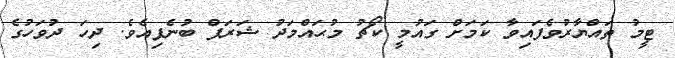
ޓީމު ތައްޔާރުވެފައިވާ ކަމަށް ގައުމީ ކޯޗު މުޙައްމަދު ޝަރަފް ބުނެފިއެވެ. ދިހަ ދުވަހުގެ